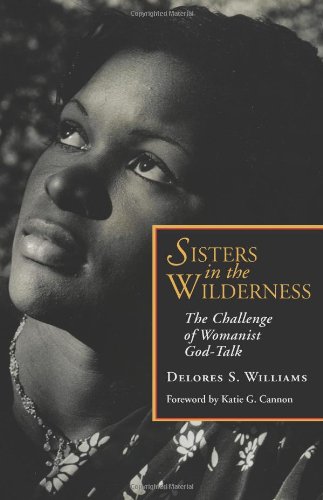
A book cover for Sisters in the Wilderness: The Challenge of Womanist God-Talk; Delores S. Williams; Christian Books & Bibles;